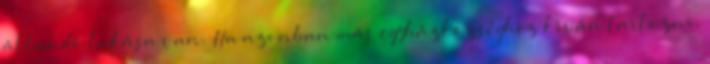
állandó lakása van. Ha azonban más egyházközséghez kíván tartozni,